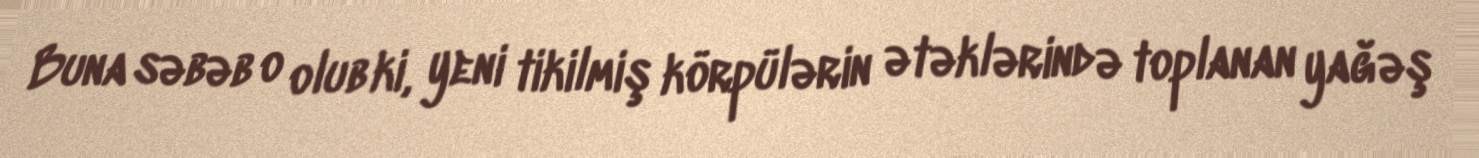
Buna səbəb o olub ki, yeni tikilmiş körpülərin ətəklərində toplanan yağəş